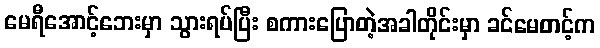
မေရီအောင့်ဘေးမှာ သွားရပ်ပြီး စကားပြောတဲ့အခါတိုင်းမှာ ခင်မေတင့်က